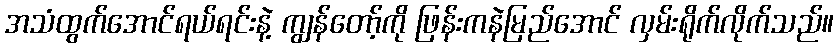
အသံထွက်အောင်ရယ်ရင်းနဲ့ ကျွန်တော့်ကို ဖြန်းကနဲမြည်အောင် လှမ်းရိုက်လိုက်သည်။